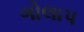
ગોલાપ